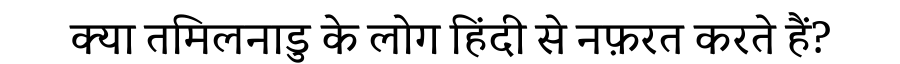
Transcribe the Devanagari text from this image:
क्या तमिलनाडु के लोग हिंदी से नफ़रत करते हैं?